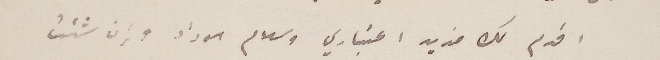
اقدم لك مديد اعتباري وسلام سوداد وإن شئت